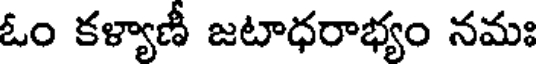
ఓం కళ్యాణీ జటాధరాభ్యం నమః